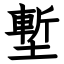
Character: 塹